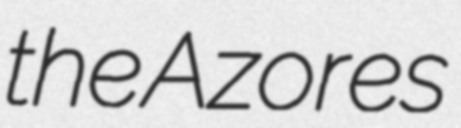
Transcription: the Azores